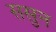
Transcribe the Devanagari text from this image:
ससुन